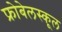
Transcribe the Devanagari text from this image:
फ्रोबेलस्कूल